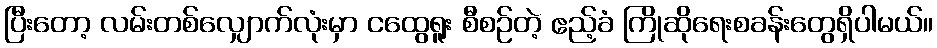
ပြီးတော့ လမ်းတစ်လျှောက်လုံးမှာ ငထွေရူး စီစဉ်တဲ့ ဧည့်ခံ ကြိုဆိုရေးစခန်းတွေရှိပါမယ်။